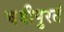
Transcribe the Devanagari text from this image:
चवीपुरतं